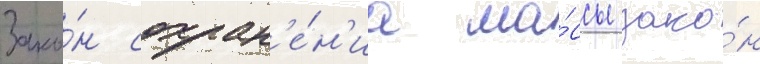
Зако́н сохран'е́н'иа ма́ссы зако́н